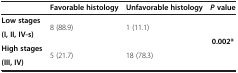
<table><thead><tr><td><b> </b></td><td><b>Favorable histology</b></td><td><b>Unfavorable histology</b></td><td><b><i>P </i>value</b></td></tr></thead><tbody><tr><td><b>Low stages</b></td><td rowspan="2">8 (88.9)</td><td rowspan="2">1 (11.1)</td><td rowspan="3"><b>0.002*</b></td></tr><tr><td><b>(I, II, IV-s)</b></td></tr><tr><td><b>High stages</b></td><td>5 (21.7)</td><td>18 (78.3)</td></tr><tr><td><b>(III, IV)</b></td><td> </td><td> </td><td> </td></tr></tbody></table>